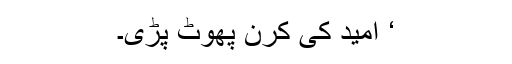
‘ امید کی کرن پھوٹ پڑی۔